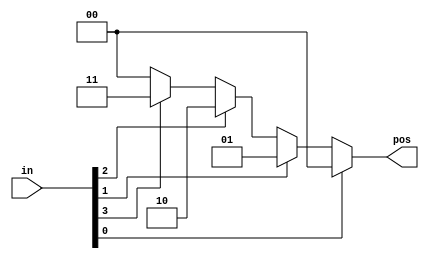
/**
 * Build a 4-bit priority encoder. For this problem, if none of the input bits are high (i.e., input is zero), output zero. Note that a 4-bit number has 16 possible combinations.
 */

// synthesis verilog_input_version verilog_2001
module top_module (
    input [3:0] in,
    output reg [1:0] pos);

    always @(*) begin
        if (in[0])
            pos = 2'd0;
        else if (in[1])
            pos = 2'd1;
        else if (in[2])
            pos = 2'd2;
        else if (in[3])
            pos = 2'd3;
        else
            pos = 2'd0;
    end
    
endmodule